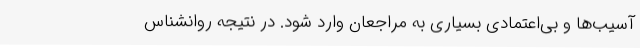
آسیب‌ها و بی‌اعتمادی بسیاری به مراجعان وارد شود. در نتیجه روانشناس